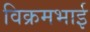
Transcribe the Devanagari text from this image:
विक्रमभाई